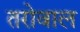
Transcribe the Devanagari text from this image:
तरोवाल